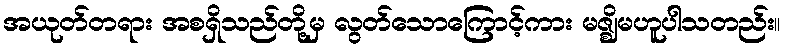
အယုတ်တရား အစရှိသည်တို့မှ လွတ်သောကြောင့်ကား မဇ္ဈိမဟူပါသတည်း။